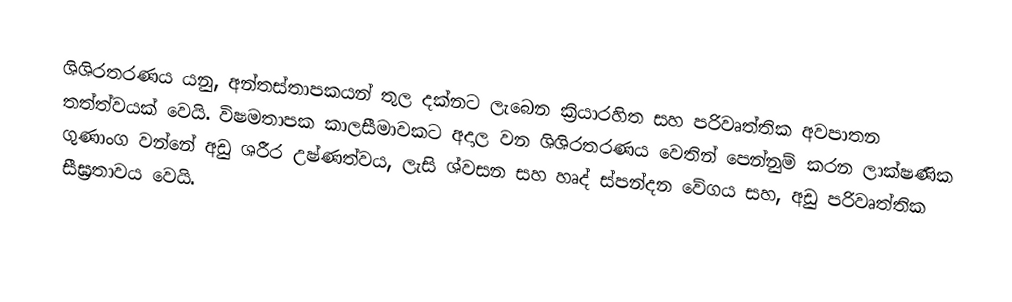
ශිශිරතරණය යනු,  අන්තස්තාපකයන්  තුල දක්නට ලැබෙන ක්‍රියාරහිත සහ පරිවෘත්තික අවපාතන තත්ත්වයක් වෙයි. විෂමතාපක කාලසීමාවකට අදාල වන ශිශිරතරණය වෙතින් පෙන්නුම් කරන ලාක්ෂණික ගුණාංග වන්නේ අඩු ශරීර උෂ්ණත්වය, ලැසි ශ්වසන සහ හෘද් ස්පන්දන වේගය සහ, අඩු පරිවෘත්තික සීඝ්‍රතාවය වෙයි.